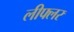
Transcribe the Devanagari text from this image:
लीफ्लर